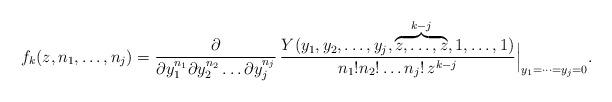
LaTeX: \begin{align*}f_k(z, n_1, \dots, n_j)=\frac{\partial}{\partial y_1^{n_1}\partial y_2^{n_2}\dots \partial y_j^{n_j}} \, \frac{Y(y_1,y_2,\dots,y_j,\overbrace{z,\dots,z}^{k-j},1,\dots,1)}{n_1!n_2!\dots n_j!\,z^{k-j}}\Big|_{y_1=\dots=y_j=0}.\end{align*}